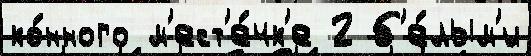
ко́нного м'ест'е́чк'е 2 б'е́лым'и